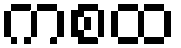
ကစထ